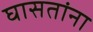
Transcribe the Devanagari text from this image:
घासतांना